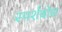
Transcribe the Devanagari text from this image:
स्पर्शबोध